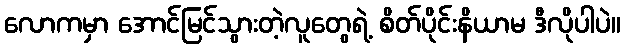
လောကမှာ အောင်မြင်သွားတဲ့လူတွေရဲ့ စိတ်ပိုင်းနိယာမ ဒီလိုပါပဲ။